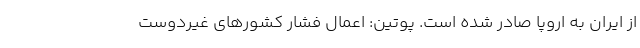
از ایران به اروپا صادر شده است. پوتین: اعمال فشار کشورهای غیردوست